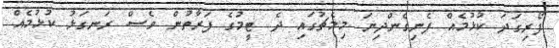
ފޯރިގަދަ ކުޅުމެއް ފެނިގެންދިޔަ މިމެޗުގައި ދެ ޓީމުގެ ފަރާތުން ވެސް ރަނގަޅު ކުޅުމެއް